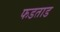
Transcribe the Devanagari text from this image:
फडताड